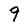
Character: 9